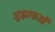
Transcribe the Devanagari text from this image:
जुझारुओं